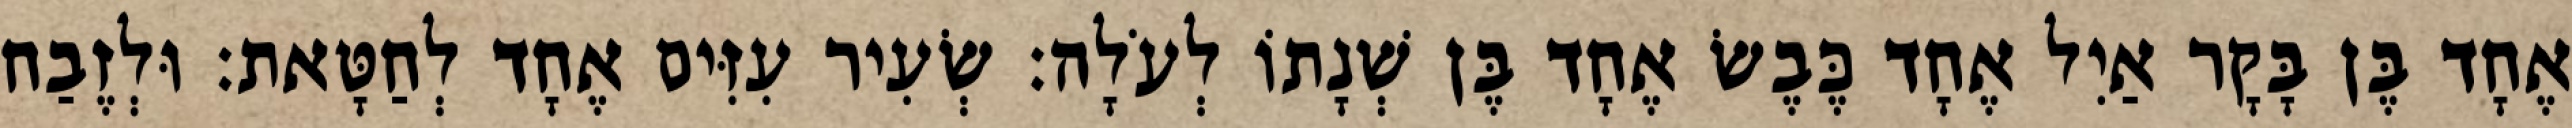
אֶחָד בֶּן בָּקָר אַיִל אֶחָד כֶּבֶשׂ אֶחָד בֶּן שְׁנָתוֹ לְעֹלָה׃ שְׂעִיר עִזִּים אֶחָד לְחַטָּאת׃ וּלְזֶבַח